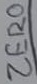
Text: ZERO